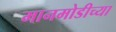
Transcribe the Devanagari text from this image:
मानमोडीच्या